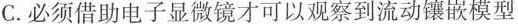
C.必须借助电子显微镜才可以观察到流动镶嵌模型